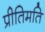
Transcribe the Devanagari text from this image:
प्रीतिमति